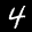
Label: 4